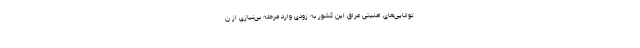
توانایی‌های امنیتی عراق این کشور به زودی وارد مرحله بی‌نیازی از ن